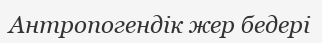
Антропогендік жер бедері